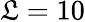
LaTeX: \mathfrak{L}=10